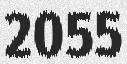
2055